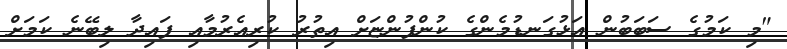
"މި ކަމުގެ ސަބަބުން އަޅުގަނޑުމެންގެ ކުންފުންޏަށް އިތުުރު ކުރިއެރުމާއި ފައިދާ ލިބޭނެ ކަމަށް